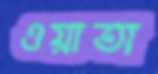
ওয়াতা